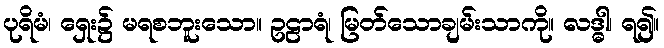
ပုရိမံ၊ ရှေး၌ မရစဘူးသော။ ဥဠာရံ၊ မြတ်သောချမ်းသာကို။ လဒ္ဓါ၊ ရ၍။